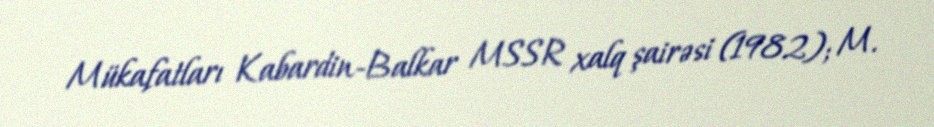
Mükafatları Kabardin-Balkar MSSR xalq şairəsi (1982); M.